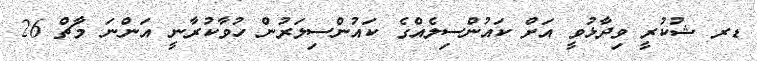
ޑރ ޝުކުރީ ވިދާޅުވީ އަށް ކައުންސިލެއްގެ ކައުންސިލަރުން ހުވާކުރާނީ އަންނަ މާޗް 26